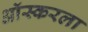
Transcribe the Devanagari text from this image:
ऑस्करला